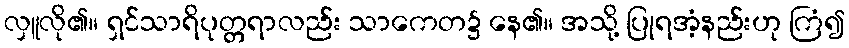
လှူလို၏။ ရှင်သာရိပုတ္တရာလည်း သာကေတ၌ နေ၏။ အသို့ ပြုရအံ့နည်းဟု ကြံ၍